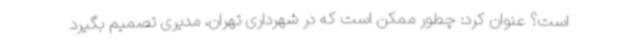
است؟ عنوان کرد: چطور ممکن است که در شهرداری تهران، مدیری تصمیم بگیرد